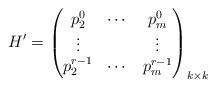
LaTeX: \begin{align*} H'=\left(\begin{matrix} p_2^0 & \cdots & p_m^0 \\ \vdots & & \vdots \\ p_2^{r-1} & \cdots & p_m^{r-1} \end{matrix}\right)_{k \times k} \end{align*}